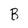
Character: B